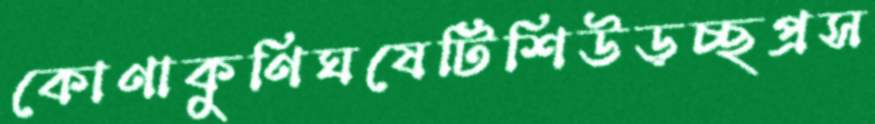
কোণাকুণিঘষেটিশিউড়চ্ছপ্রস